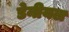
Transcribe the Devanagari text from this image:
डेनीयल